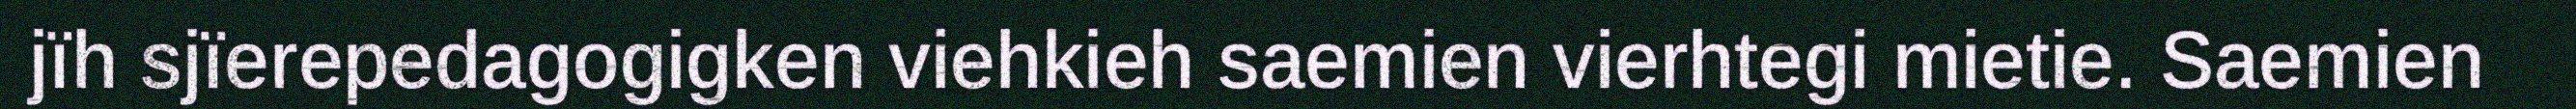
jïh sjïerepedagogigken viehkieh saemien vierhtegi mietie. Saemien